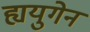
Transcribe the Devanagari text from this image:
ह्ययुगेन